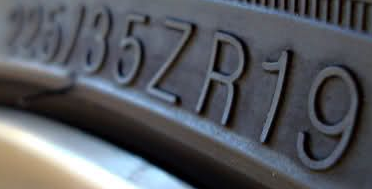
2251352R19